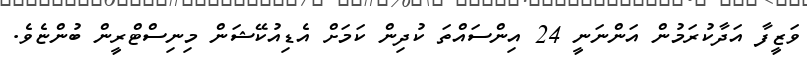
ވަޒީފާ އަދާކުރަމުން އަންނަނީ 24 އިންސައްތަ ކުދިން ކަމަށް އެޑިއުކޭޝަން މިނިސްޓްރީން ބުންޏެވެ.